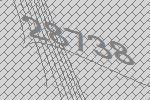
28738